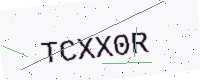
Text: TCXX0R